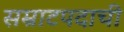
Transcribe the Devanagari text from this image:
सम्राटपदाची